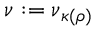
\boldsymbol { \nu } _ { } : = \boldsymbol { \nu } _ { \kappa ( \rho ) }